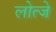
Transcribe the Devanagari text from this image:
लोत्जे